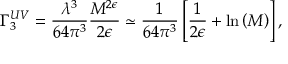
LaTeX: \Gamma _ { 3 } ^ { U V } = \frac { \lambda ^ { 3 } } { 6 4 \pi ^ { 3 } } \frac { M ^ { 2 \epsilon } } { 2 \epsilon } \simeq \frac { 1 } { 6 4 \pi ^ { 3 } } \left[ \frac { 1 } { 2 \epsilon } + \mathrm { l n } \left( M \right) \right] ,